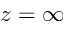
z = \infty